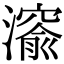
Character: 𤀨